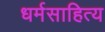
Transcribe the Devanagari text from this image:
धर्मसाहित्य